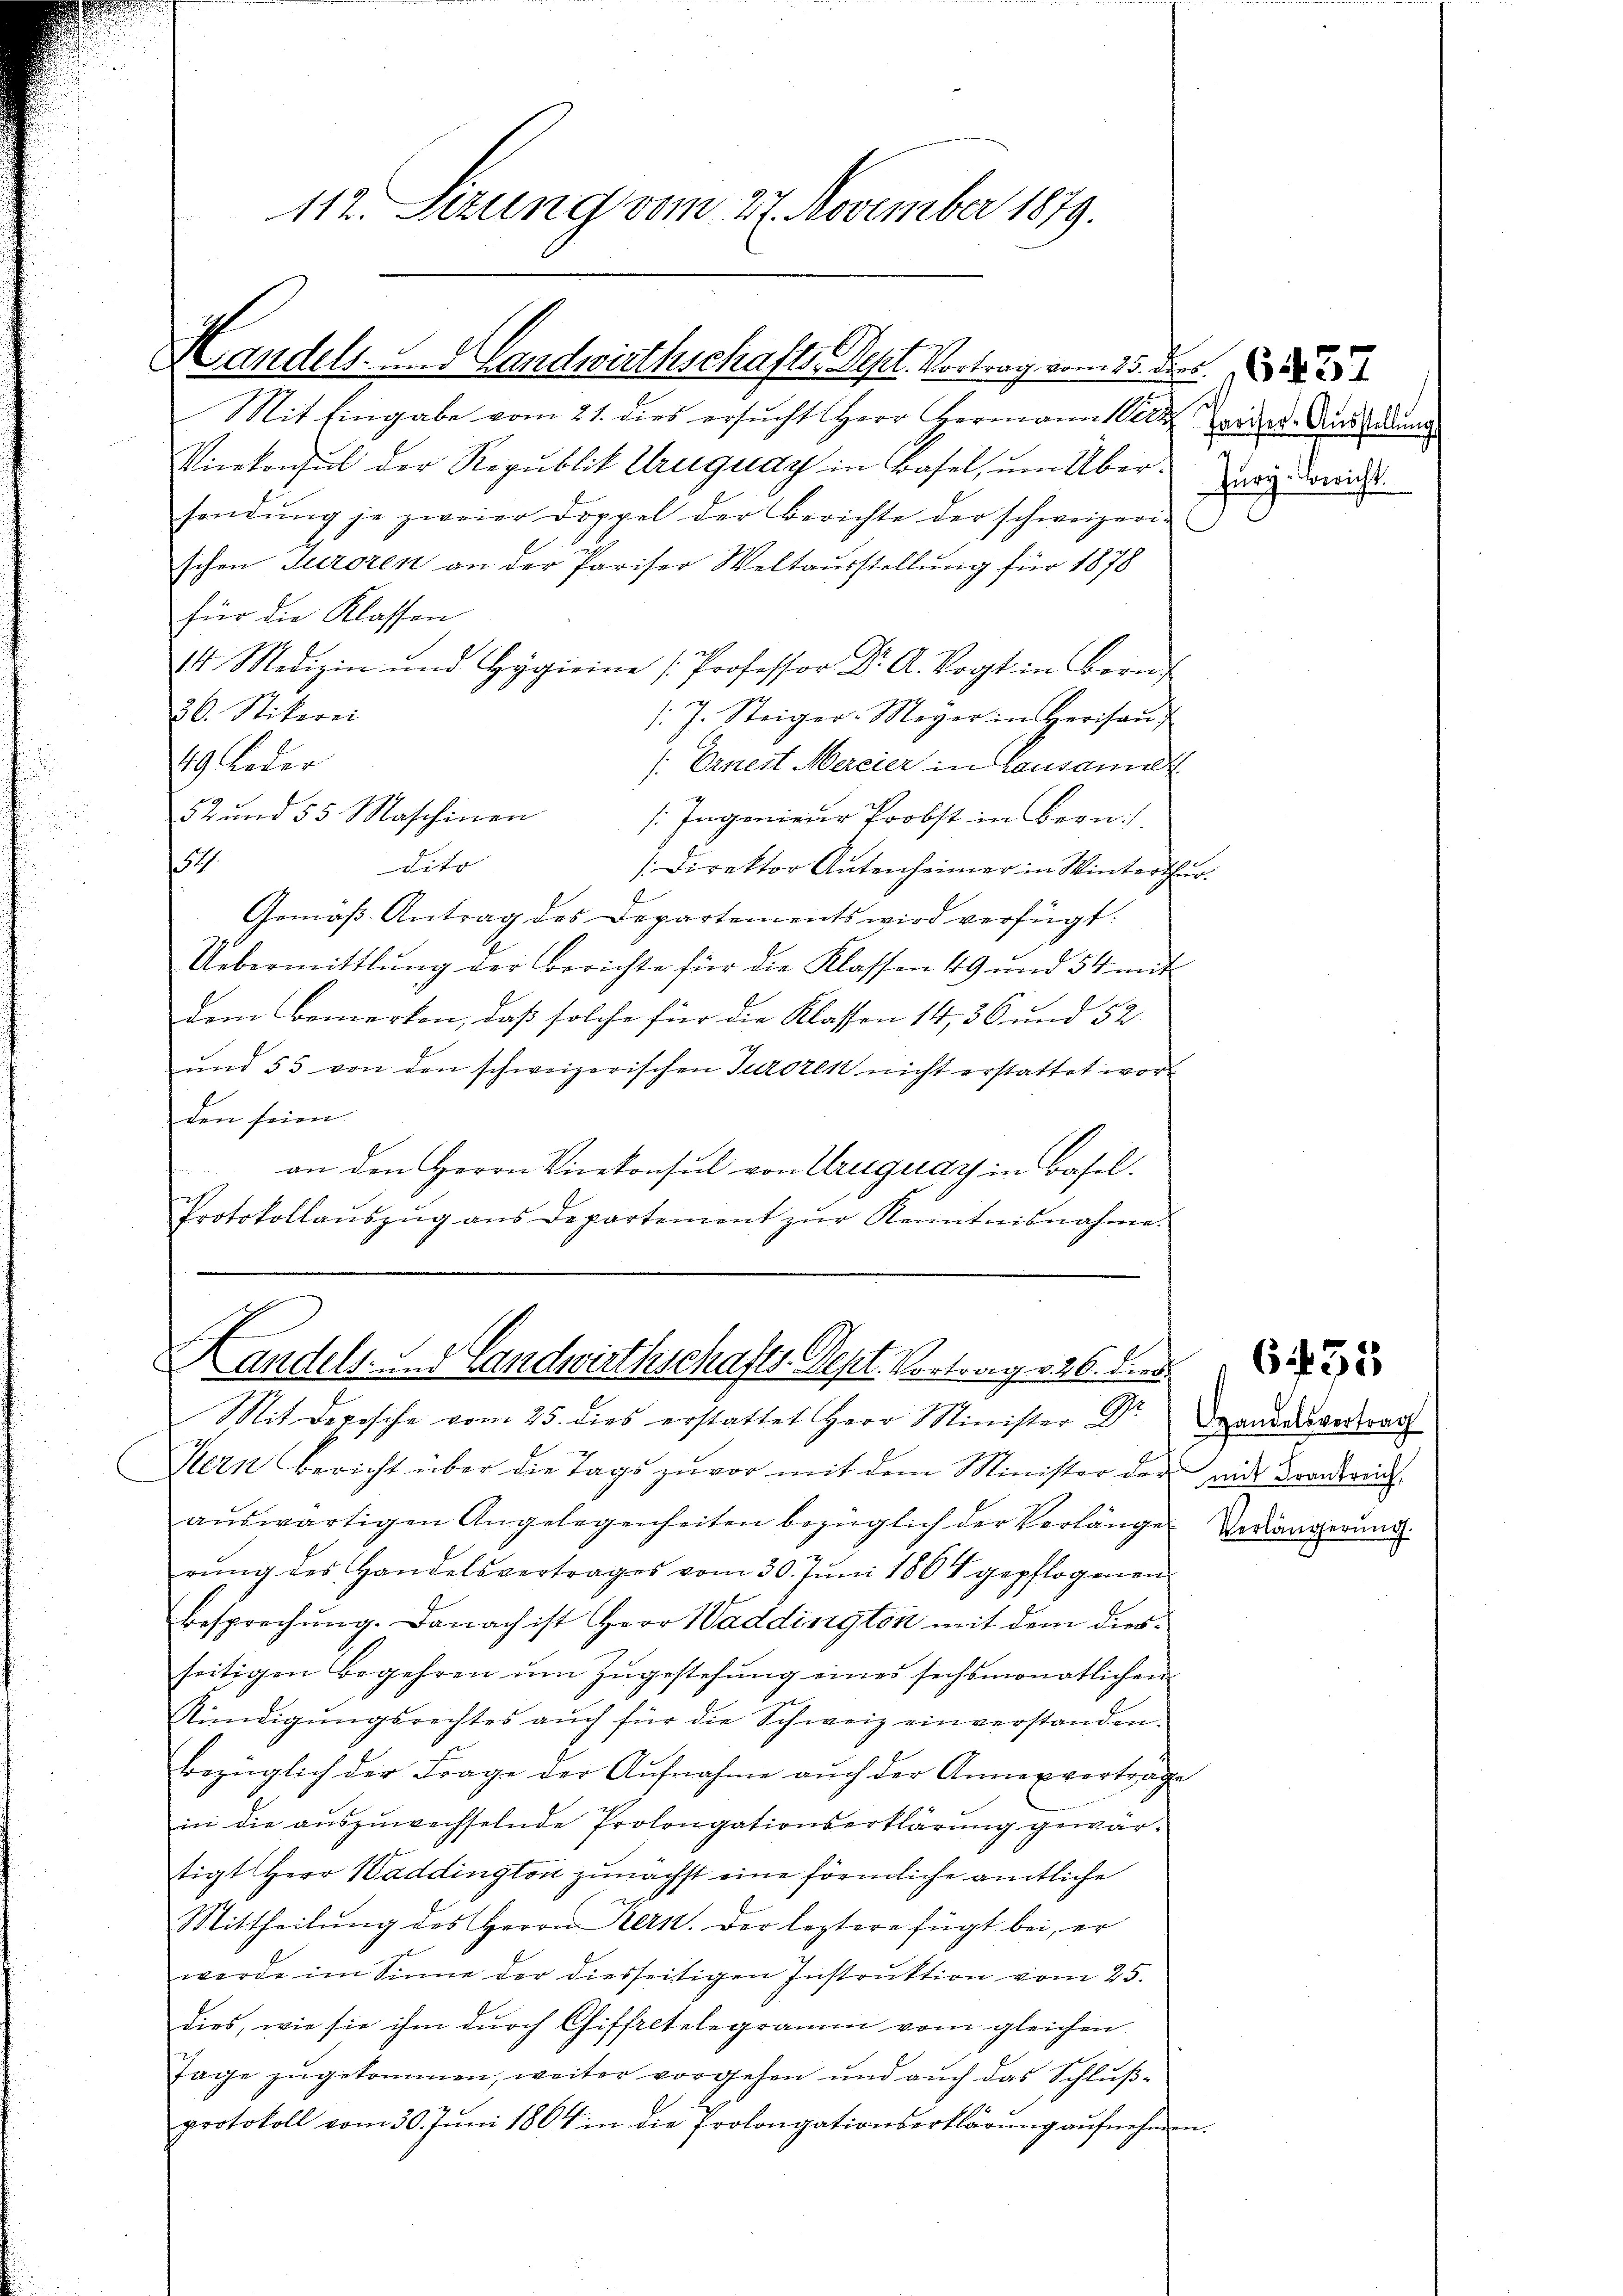
112. Sizung vom 27. November 1879.

Handels- und Landwirthschafts-Sept. Vortrag vom 15. der

Mit Eingabe vom 21. dies ersucht Herr Hermann Ver
Vicekonsul der Republik Uruguay in Basel, um Über zu werde
sendŭng je zweier Doppel der Berichte der schweizeri-
schen Turoren an der Pariser Weltausstellung für 1878
für die Klassen
14. Medizin und Hygieine Professor Dr A. Vogt in Bern
26. Stikerei
/. J. Steiger. Meyer in Herisaŭ
/: Ernest Mercier in Lausann
49 Leder
52 und 55 Maschinen
[Ingenieur Probst in Bern,
7
dito
Direktor Antenheimer in Winterthur.
k
Gemäβ Antrag des Departements wird verfügt:
Uebermittlung der Berichte für die Klassen 49 und 54 mit
dem Bemerken, daß solche für die Klassen 14, 36 und 52
ŭnd 55 von den schweizerischen Turozen nicht erstattet worden seien.
an den Herrn Vicekonsul von Uruguay in Basel.
Protokollaŭszŭg ans Departement zŭr Kenntnisnahme.

Handels- und Landwirthschafts-Dept. Vortrag 226. dies

Mit Depesche vom 25. dies erstattet Herr Minister Dr. Landvertrach
Kern Bericht über die Tags zuvor mit dem Minister der an Frankreis-
¬
aŭswärtigen Angelegenheiten bezüglich der Verlänge
rŭng des Handelsvertrages vom 30. Juni 1864 gepflogenen
Besprechung. Danach ist Herr Waddington mit dem diesseitigen Begehren ŭm Zŭgestehŭng eines sechsmonatlichen
Kündigŭngsrechtes aŭch für die Schweiz einverstanden.
bezüglich der Frage der Aŭfnahme aŭch der Annex vortrage
in die auszuwechselnde Prolongationserklärung gewärtigt Herr Waddington zunächst eine förmliche amtliche
Mittheilŭng des Herrn Kern. Der leztere fügt bei, er
werde im Sinne der diesseitigen Instrŭktion vom 25.
dies, wie sie ihm durch Giffretelegramm vom gleichen
Tage zŭgekommen, weiter vorgehen und aŭch das Schlŭβ-
protokoll vom 30. Jŭni 1864 in die Prolongationserklärŭng aŭfnehmen.

Pariser-Ausstellung
c

Verlängerung.

6 f 35